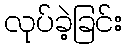
လုပ်ခဲ့ခြင်း